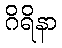
ဂိရိနာ